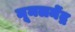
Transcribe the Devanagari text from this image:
मूमलमेंद्र